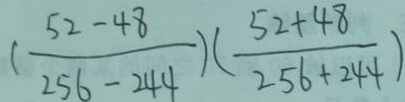
( \frac { 5 2 - 4 8 } { 2 5 6 - 2 4 4 } ) ( \frac { 5 2 + 4 8 } { 2 5 6 + 2 4 4 } )